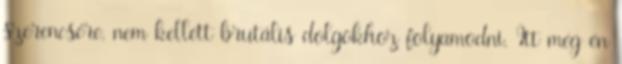
szerencsére, nem kellett brutális dolgokhoz folyamodni. Itt még én